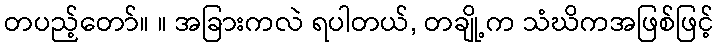
တပည့်တော်။ ။ အခြားကလဲ ရပါတယ်, တချို့က သံဃိကအဖြစ်ဖြင့်